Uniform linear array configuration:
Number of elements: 8
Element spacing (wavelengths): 1
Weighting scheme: blackman
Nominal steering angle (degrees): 60
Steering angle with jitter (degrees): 60.643
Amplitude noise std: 0.05
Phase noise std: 0.05

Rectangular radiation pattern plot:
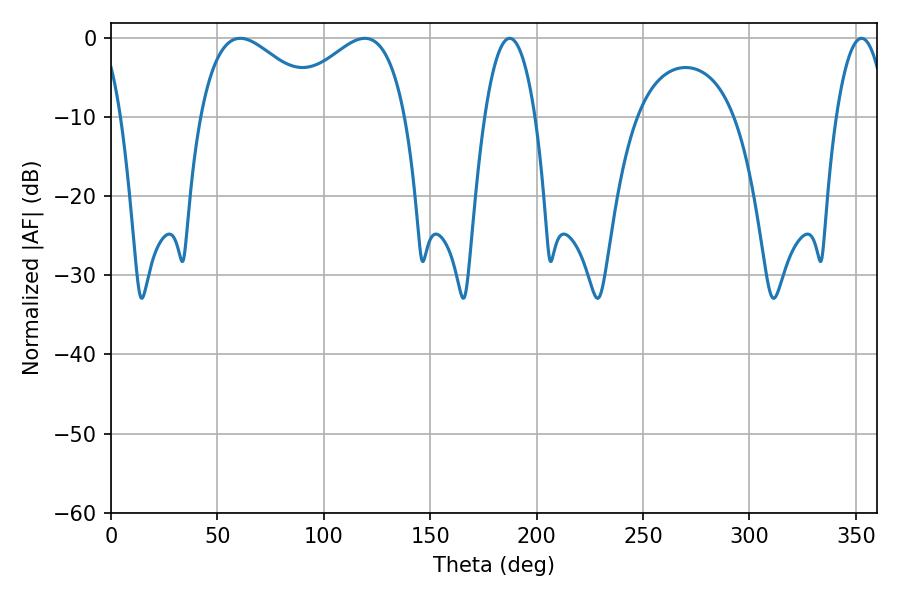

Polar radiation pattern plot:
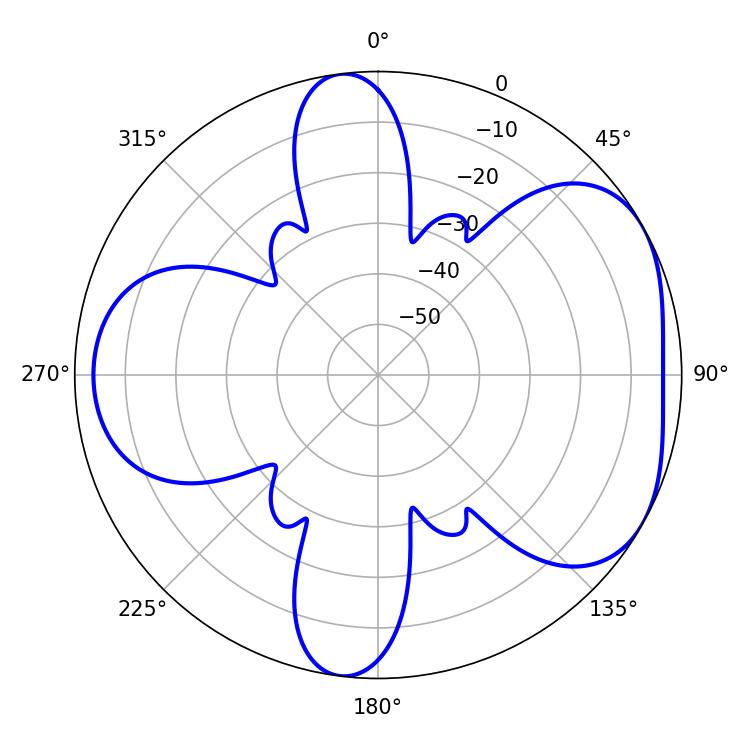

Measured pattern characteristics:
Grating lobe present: TRUE
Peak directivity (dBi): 4.791
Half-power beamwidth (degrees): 31.68
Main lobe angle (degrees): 60.66